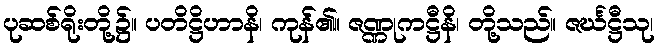
ပုဆစ်ရိုးတို့၌။ ပတိဋ္ဌိဟာနိ၊ ကုန်၏။ ဇဏ္ဏုကဋ္ဌီနိ၊ တို့သည်။ ဇင်္ဃဋ္ဌီသု၊